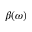
\beta ( \omega )